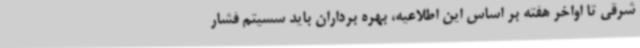
شرقی تا اواخر هفته بر اساس این اطلاعیه، بهره برداران باید سسیتم فشار